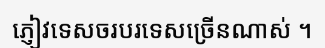
ភ្ញៀវទេសចរបរទេសច្រើនណាស់ ។